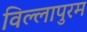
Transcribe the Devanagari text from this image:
विल्लापुरम